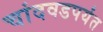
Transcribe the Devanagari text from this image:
चांदवडपर्यंत